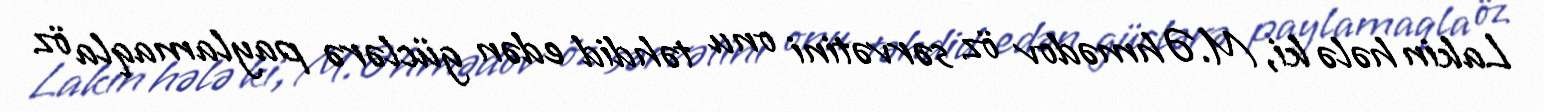
Lakin hələ ki, M.Əhmədov öz sərvətini onu təhdid edən güclərə paylamaqla öz